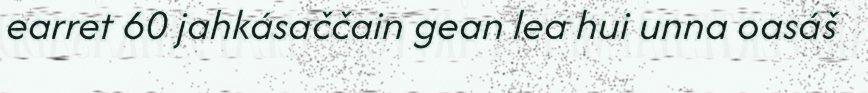
earret 60 jahkásaččain gean lea hui unna oasáš